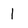
Character: 1